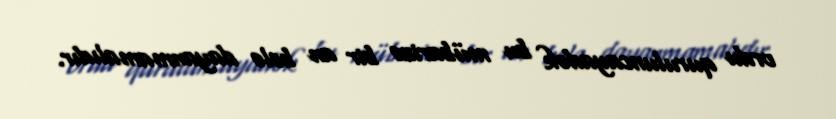
ordu quruluncayadək bu mübarizə bir an belə dayanmamalıdır.